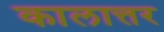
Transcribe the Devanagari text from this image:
कालात्तर